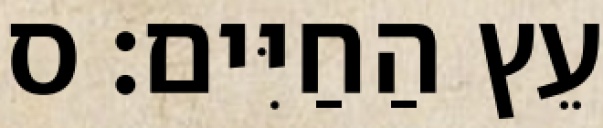
עֵץ הַחַיִּים׃ ס